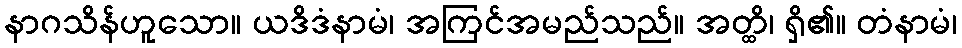
နာဂသိန်ဟူသော။ ယဒိဒံနာမံ၊ အကြင်အမည်သည်။ အတ္ထိ၊ ရှိ၏။ တံနာမံ၊